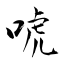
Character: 唬